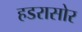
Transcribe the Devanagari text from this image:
हडरासोर